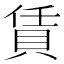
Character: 賃